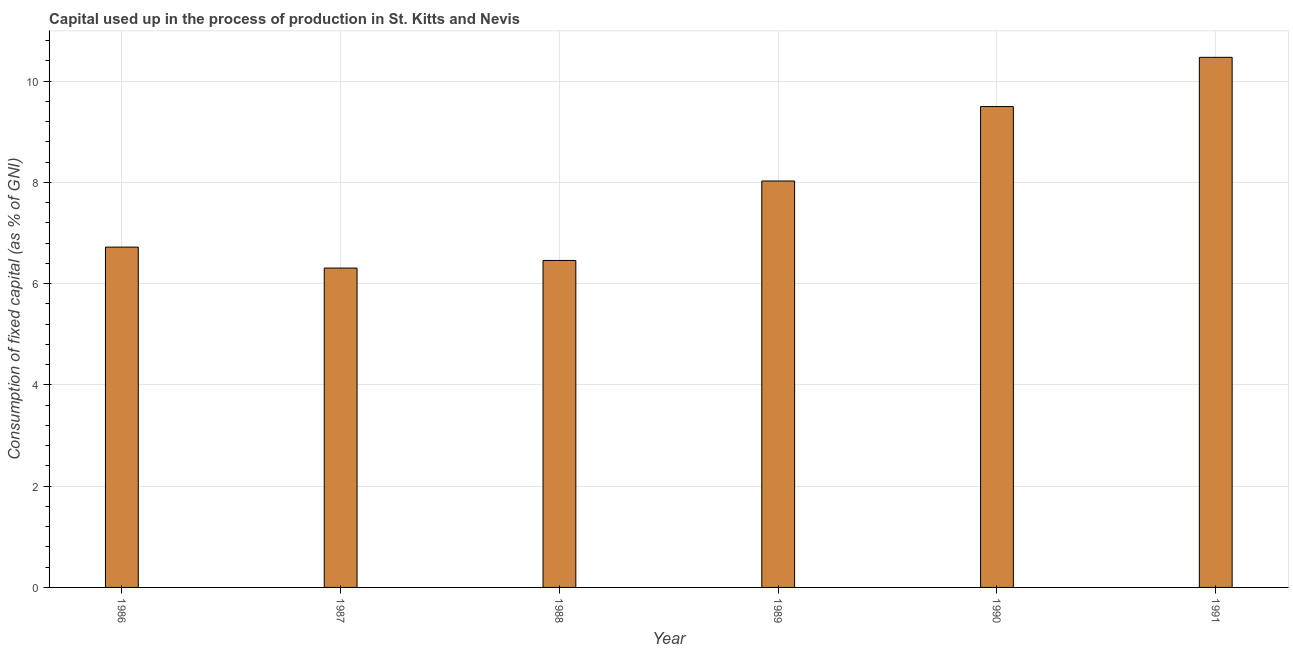
| Year | Consumption of fixed capital |
 | --- | --- |
 | 1986 | 6.72 |
 | 1987 | 6.31 |
 | 1988 | 6.46 |
 | 1989 | 8.03 |
 | 1990 | 9.5 |
 | 1991 | 10.5 |